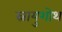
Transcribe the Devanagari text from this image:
स्नायुशोथ